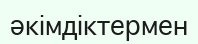
әкімдіктермен